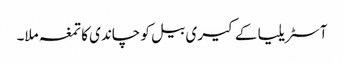
آسٹریلیا کے کیری بیل کو چاندی کا تمغہ ملا۔